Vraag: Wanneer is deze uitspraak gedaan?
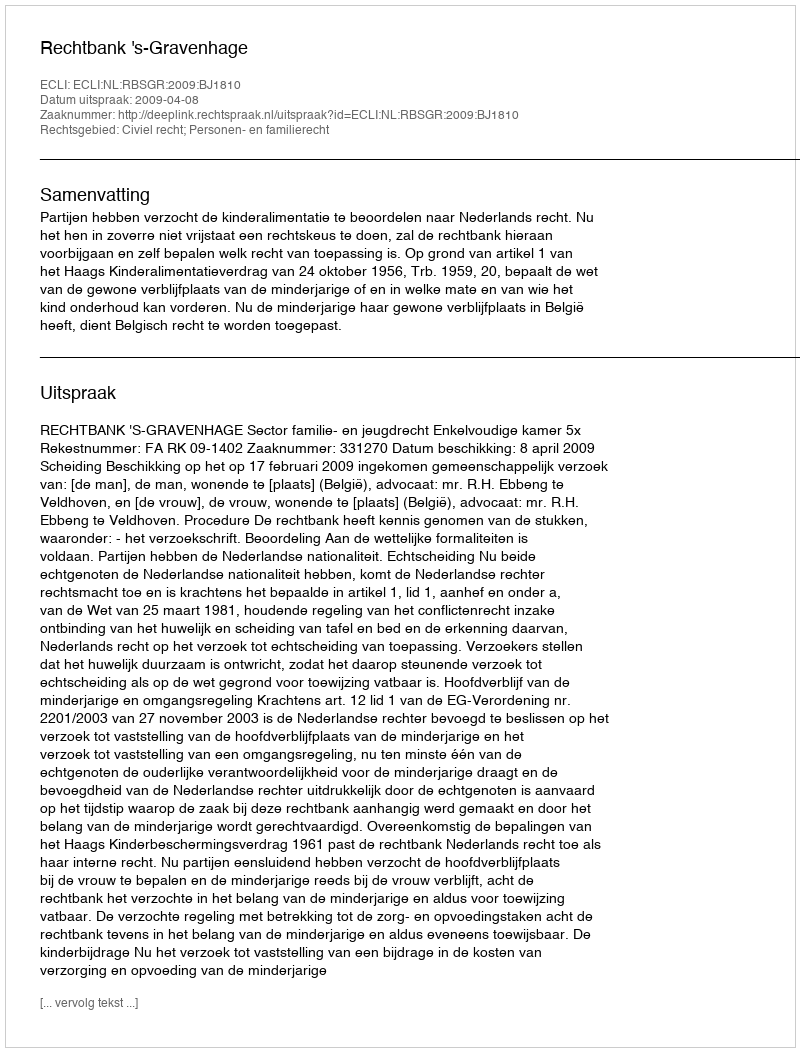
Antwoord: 2009-04-08